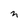
Character: n